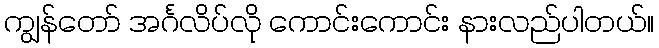
ကျွန်တော် အင်္ဂလိပ်လို ကောင်းကောင်း နားလည်ပါတယ်။